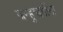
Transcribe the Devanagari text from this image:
जन्हुऋषींना